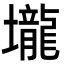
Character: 壠